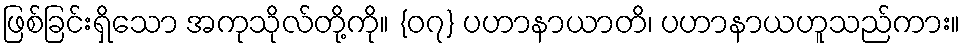
ဖြစ်ခြင်းရှိသော အကုသိုလ်တို့ကို။ {၀၇} ပဟာနာယာတိ၊ ပဟာနာယဟူသည်ကား။